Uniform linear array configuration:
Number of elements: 24
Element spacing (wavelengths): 0.5
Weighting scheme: hamming
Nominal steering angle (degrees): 15
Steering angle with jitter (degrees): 13.536
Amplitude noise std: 0.05
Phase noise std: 0.05

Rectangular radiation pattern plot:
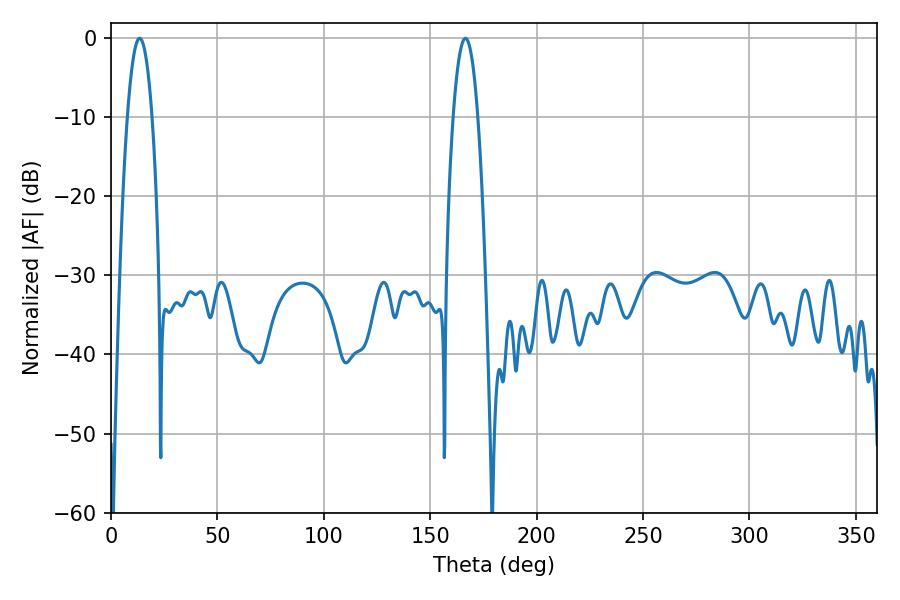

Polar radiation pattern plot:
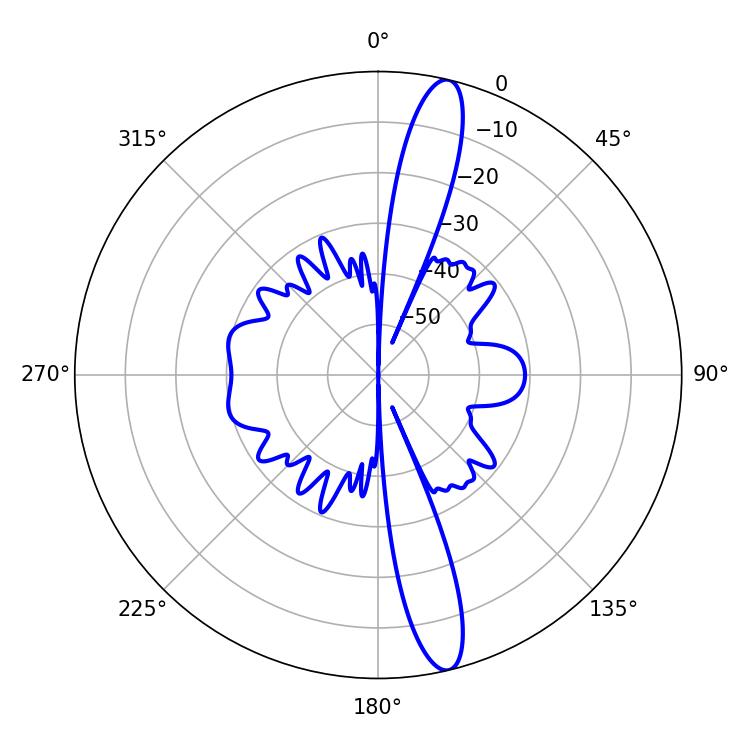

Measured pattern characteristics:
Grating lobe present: FALSE
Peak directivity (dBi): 15.572
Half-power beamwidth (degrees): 6.48
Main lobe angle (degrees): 13.5